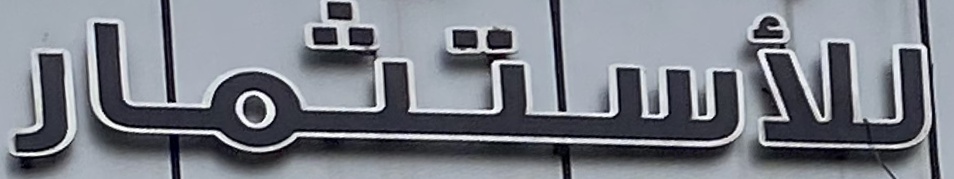
للاستثمار